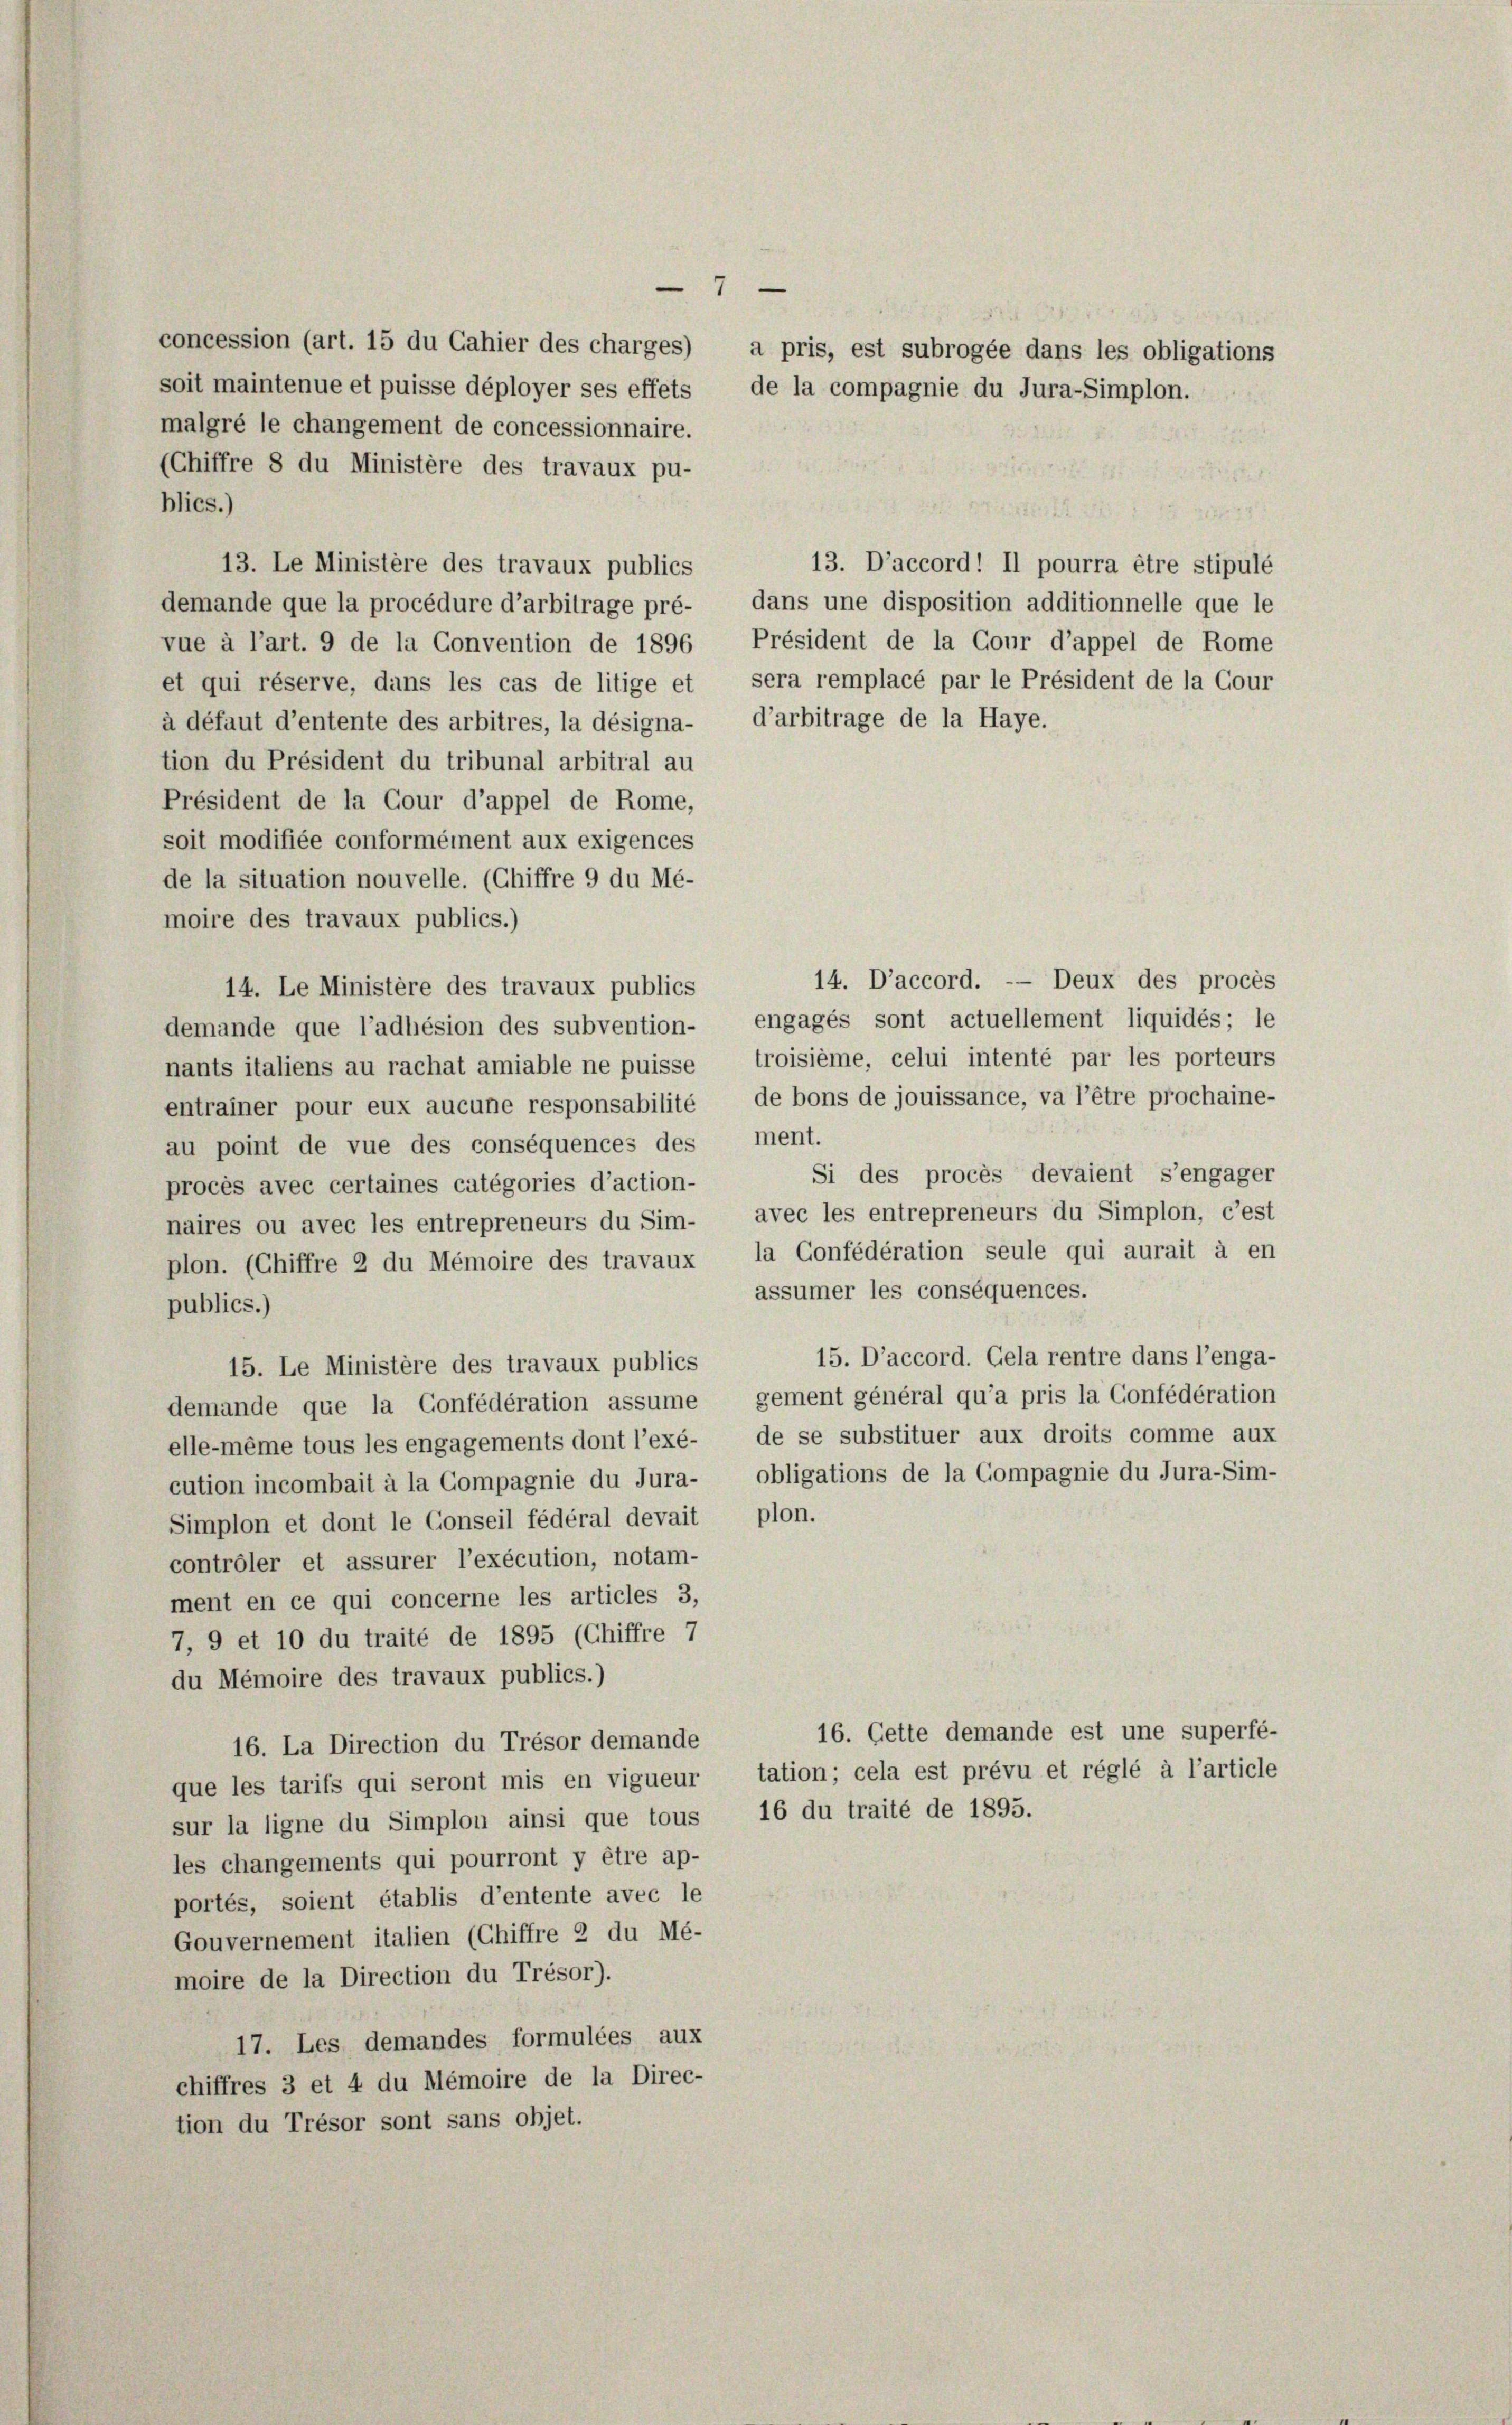
malgré le changement de concessionnaire.
(Chiffre 8 du Ministère des travaux pu-
blics.)

7

soit maintenue et puisse déployer ses effets, de la compagnie du Jura-Simplon.
13. Le Ministère des travaux publics
13. D’accord! Il pourra être stipulé
dans une disposition additionnelle que le
demande que la procédure d’arbitrage pré-
vue à l’art. 9 de la Convention de 1896 Président de la Cour d’appel de Rome
et qui réserve, dans les cas de litige et sera remplacé par le Président de la Cour
à défaut d’entente des arbitres, la désigna- d’arbitrage de la Haye.
tion du Président du tribunal arbitral au
Président de la Cour d’appel de Rome,
soit modifiée conformément aux exigences
de la situation nouvelle. (Chiffre 9 du Mé-
moire des travaux publics.)
14. D’accord. — Deux des procès
14. Le Ministère des travaux publics
demande que l’adlésion des subvention- engagés sont actuellement liquidés; le
nants italiens au rachat amiable ne puisse troisième, celui intenté par les porteurs
entrainer pour eux aucune responsabilité de bons de jouissance, va l’être prochaine-
au point de vue des conséquences des ment.
Si des procès devaient s’engager
procès avec certaines catégories d’action-
naires ou avec les entrepreneurs du Sim- avec les entrepreneurs du Simplon, c’est
plon. (Chiffre 2 du Mémoire des travaux, la Confédération seule qui aurait à en
assumer les conséquences.
publics.)
15. D’accord. Gela rentre dans l’enga-
15. Le Ministère des travaux publics
demande que la Confédération assume gement général qu’a pris la Confédération
elle-même tous les engagements dont l’exé- de se substituer aux droits comme aux
cution incombait à la Compagnie du Jura- obligations de la Compagnie du Jura-Sim-
Simplon et dont le Conseil fédéral devait plon.
contrôler et assurer l’exécution, notam-
ment en ce qui concerne les articles 3,
7, 9 et 10 du traité de 1895 (Chiffre 7
du Mémoire des travaux publics.)
16. Cette demande est une superfé-
16. La Direction du Trésor demande
que les tarifs qui seront mis en vigueur tation; cela est prévu et réglé à l’article
sur la ligne du Simplon ainsi que tous 16 du traité de 1895.
les changements qui pourront y être ap-
portés, soient établis d’entente avec le
Gouvernement italien (Chiffre 2 du Mé-
moire de la Direction du Trésor).
17. Les demandes formulées aux
chiffres 3 et 4 du Mémoire de la Direc-
tion du Trésor sont sans objet.

concession (art. 15 du Cahier des charges), a pris, est subrogée dans les obligations